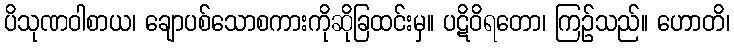
ပိသုဏဝါစာယ၊ ချောပစ်သောစကားကိုဆိုခြထင်းမှ။ ပဋိဝိရတော၊ ကြဉ်သည်။ ဟောတိ၊